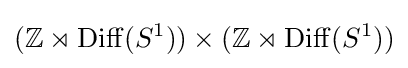
(\mathbb {Z} \rtimes \mathrm {Diff} (S^{1}))\times (\mathbb {Z} \rtimes \mathrm {Diff} (S^{1}))